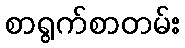
စာရွက်စာတမ်း